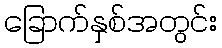
ခြောက်နှစ်အတွင်း